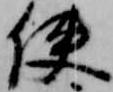
使